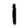
Digit: 1